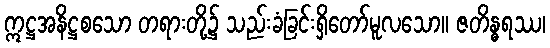
ဣဋ္ဌအနိဋ္ဌစသော တရားတို့၌ သည်းခံခြင်းရှိတော်မူလသော။ ဇတိန္ဓရဿ၊